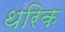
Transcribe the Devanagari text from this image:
थरिक